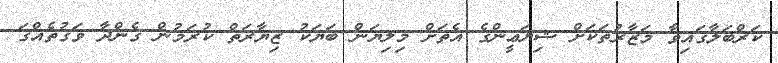
ކަރްބަލާގައިވާ މަޒާރުތަކަށް ޝިޔަޢީންގެ އެތަށް މިލިޔަން ބަޔަކު ޒިޔާރަތް ކުރަމުން ގެންދާ ވަގުތެއްގަ